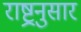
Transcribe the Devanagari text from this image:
राष्ट्रनुसार